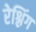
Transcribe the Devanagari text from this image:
रेश्लिंग